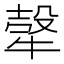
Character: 𤚼